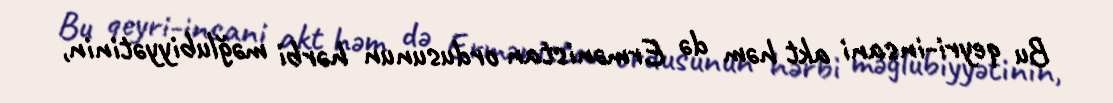
Bu qeyri-insani akt həm də Ermənistan ordusunun hərbi məğlubiyyətinin,